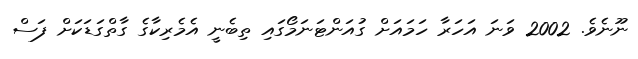
ނޫނެވެ. 2002 ވަނަ އަހަރާ ހަމައަށް ގުއަންޓަނަމޯގައި ތިބެނީ އެމެރިކާގެ ގާތްގަޑަކަށް ފަސް